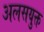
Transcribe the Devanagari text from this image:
अलसयुक्त